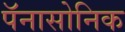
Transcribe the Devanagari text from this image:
पॅनासोनिक